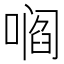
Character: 𫫦